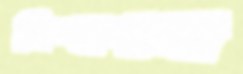
নিশাগম